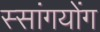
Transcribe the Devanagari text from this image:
स्सांगयोंग